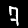
Digit: 7